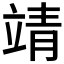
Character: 靖